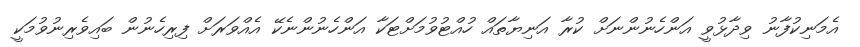
އެމަނިކުފާނު ވިދާޅުވީ އަންހެނުންނަށް ކުރާ އަނިޔާތައް ހުއްޓުވުމަށްޓަކާ އަންހެނުންނެކޭ އެއްވަރަށް ފިރިހެނުން ބައިވެރިނުވުމަކީ